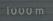
1000m